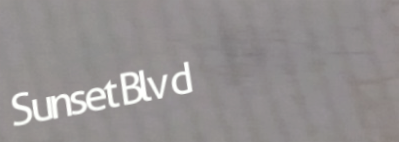
SunsetBlvd